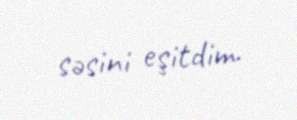
səsini eşitdim.